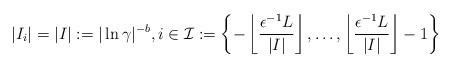
LaTeX: \begin{align*}|I_{i}|=|I|:=|\ln\gamma|^{-b}, i\in \mathcal I :=\left\{-\left\lfloor\frac{\epsilon^{-1}L}{|I|}\right\rfloor,\ldots,\left\lfloor\frac{\epsilon^{-1}L}{|I|}\right\rfloor-1\right\}\end{align*}